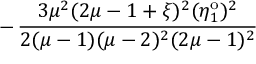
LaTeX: - \, \frac { 3 \mu ^ { 2 } ( 2 \mu - 1 + \xi ) ^ { 2 } ( \eta _ { 1 } ^ { \mathrm { o } } ) ^ { 2 } } { 2 ( \mu - 1 ) ( \mu - 2 ) ^ { 2 } ( 2 \mu - 1 ) ^ { 2 } }